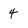
Character: 4